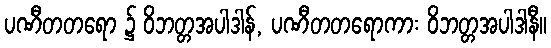
ပဏီတတရော ၌ ဝိဘတ္တအပါဒါန်, ပဏီတတရောကား ဝိဘတ္တအပါဒါနီ။